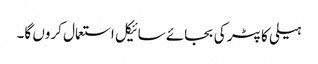
ہیلی کاپٹر کی بجائے سائیکل استعمال کروں گا۔